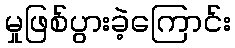
မှုဖြစ်ပွားခဲ့ကြောင်း